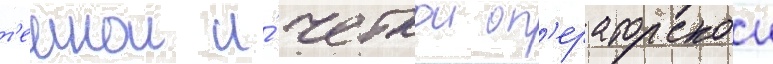
т'емнои и́ четкои оп'ераторскои